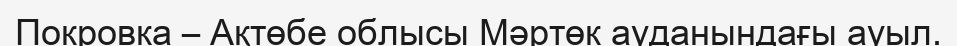
Покровка – Ақтөбе облысы Мәртөк ауданындағы ауыл.